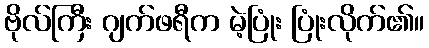
ဗိုလ်ကြီး ဂျက်ဖရီက မဲ့ပြုံး ပြုံးလိုက်၏။